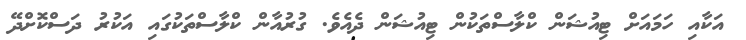
އަކާއި ހަމައަށް ޓިއުޝަން ކްލާސްތަކުން ޓިއުޝަން ދެއެވެ. ގުރުއާން ކްލާސްތަކުގައި އަކުރު ދަސްކޮށްދޭ